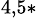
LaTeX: ^{4,5\ast}